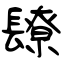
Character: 镽